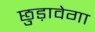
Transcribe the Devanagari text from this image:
छुड़ावेगा